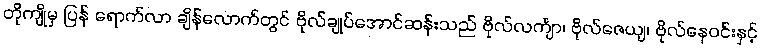
တိုကျိုမှ ပြန် ရောက်လာ ချိန်လောက်တွင် ဗိုလ်ချုပ်အောင်ဆန်းသည် ဗိုလ်လင်္ကျာ၊ ဗိုလ်ဇေယျ၊ ဗိုလ်နေဝင်းနှင့်